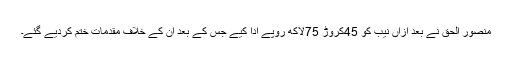
منصور الحق نے بعد ازاں نیب کو 45کروڑ 75لاکھ روپے ادا کیے جس کے بعد ان کے خلاف مقدمات ختم کردیے گئے۔